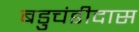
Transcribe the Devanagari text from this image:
बडुचंडीदास